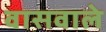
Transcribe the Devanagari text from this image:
वासवाले